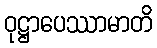
ဝုဋ္ဌာပေဿာမာတိ